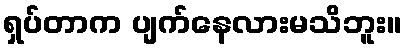
ရှပ်တာက ပျက်နေလားမသိဘူး။